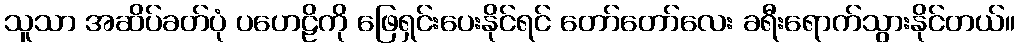
သူသာ အဆိပ်ခတ်ပုံ ပဟေဠိကို ဖြေရှင်းပေးနိုင်ရင် တော်တော်လေး ခရီးရောက်သွားနိုင်တယ်။